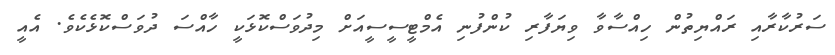
ސަރުކާރާއި ރައްޔިތުން ހިއްސާވާ ވިޔަފާރި ކުންފުނި އެމްޓީސީސީއަށް މިދުވަސްކޮޅަކީ ހާއްސަ ދުވަސްކޮޅެކެވެ. އެއީ